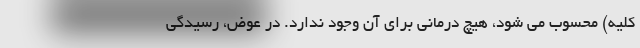
کلیه) محسوب می شود، هیچ درمانی برای آن وجود ندارد. در عوض، رسیدگی